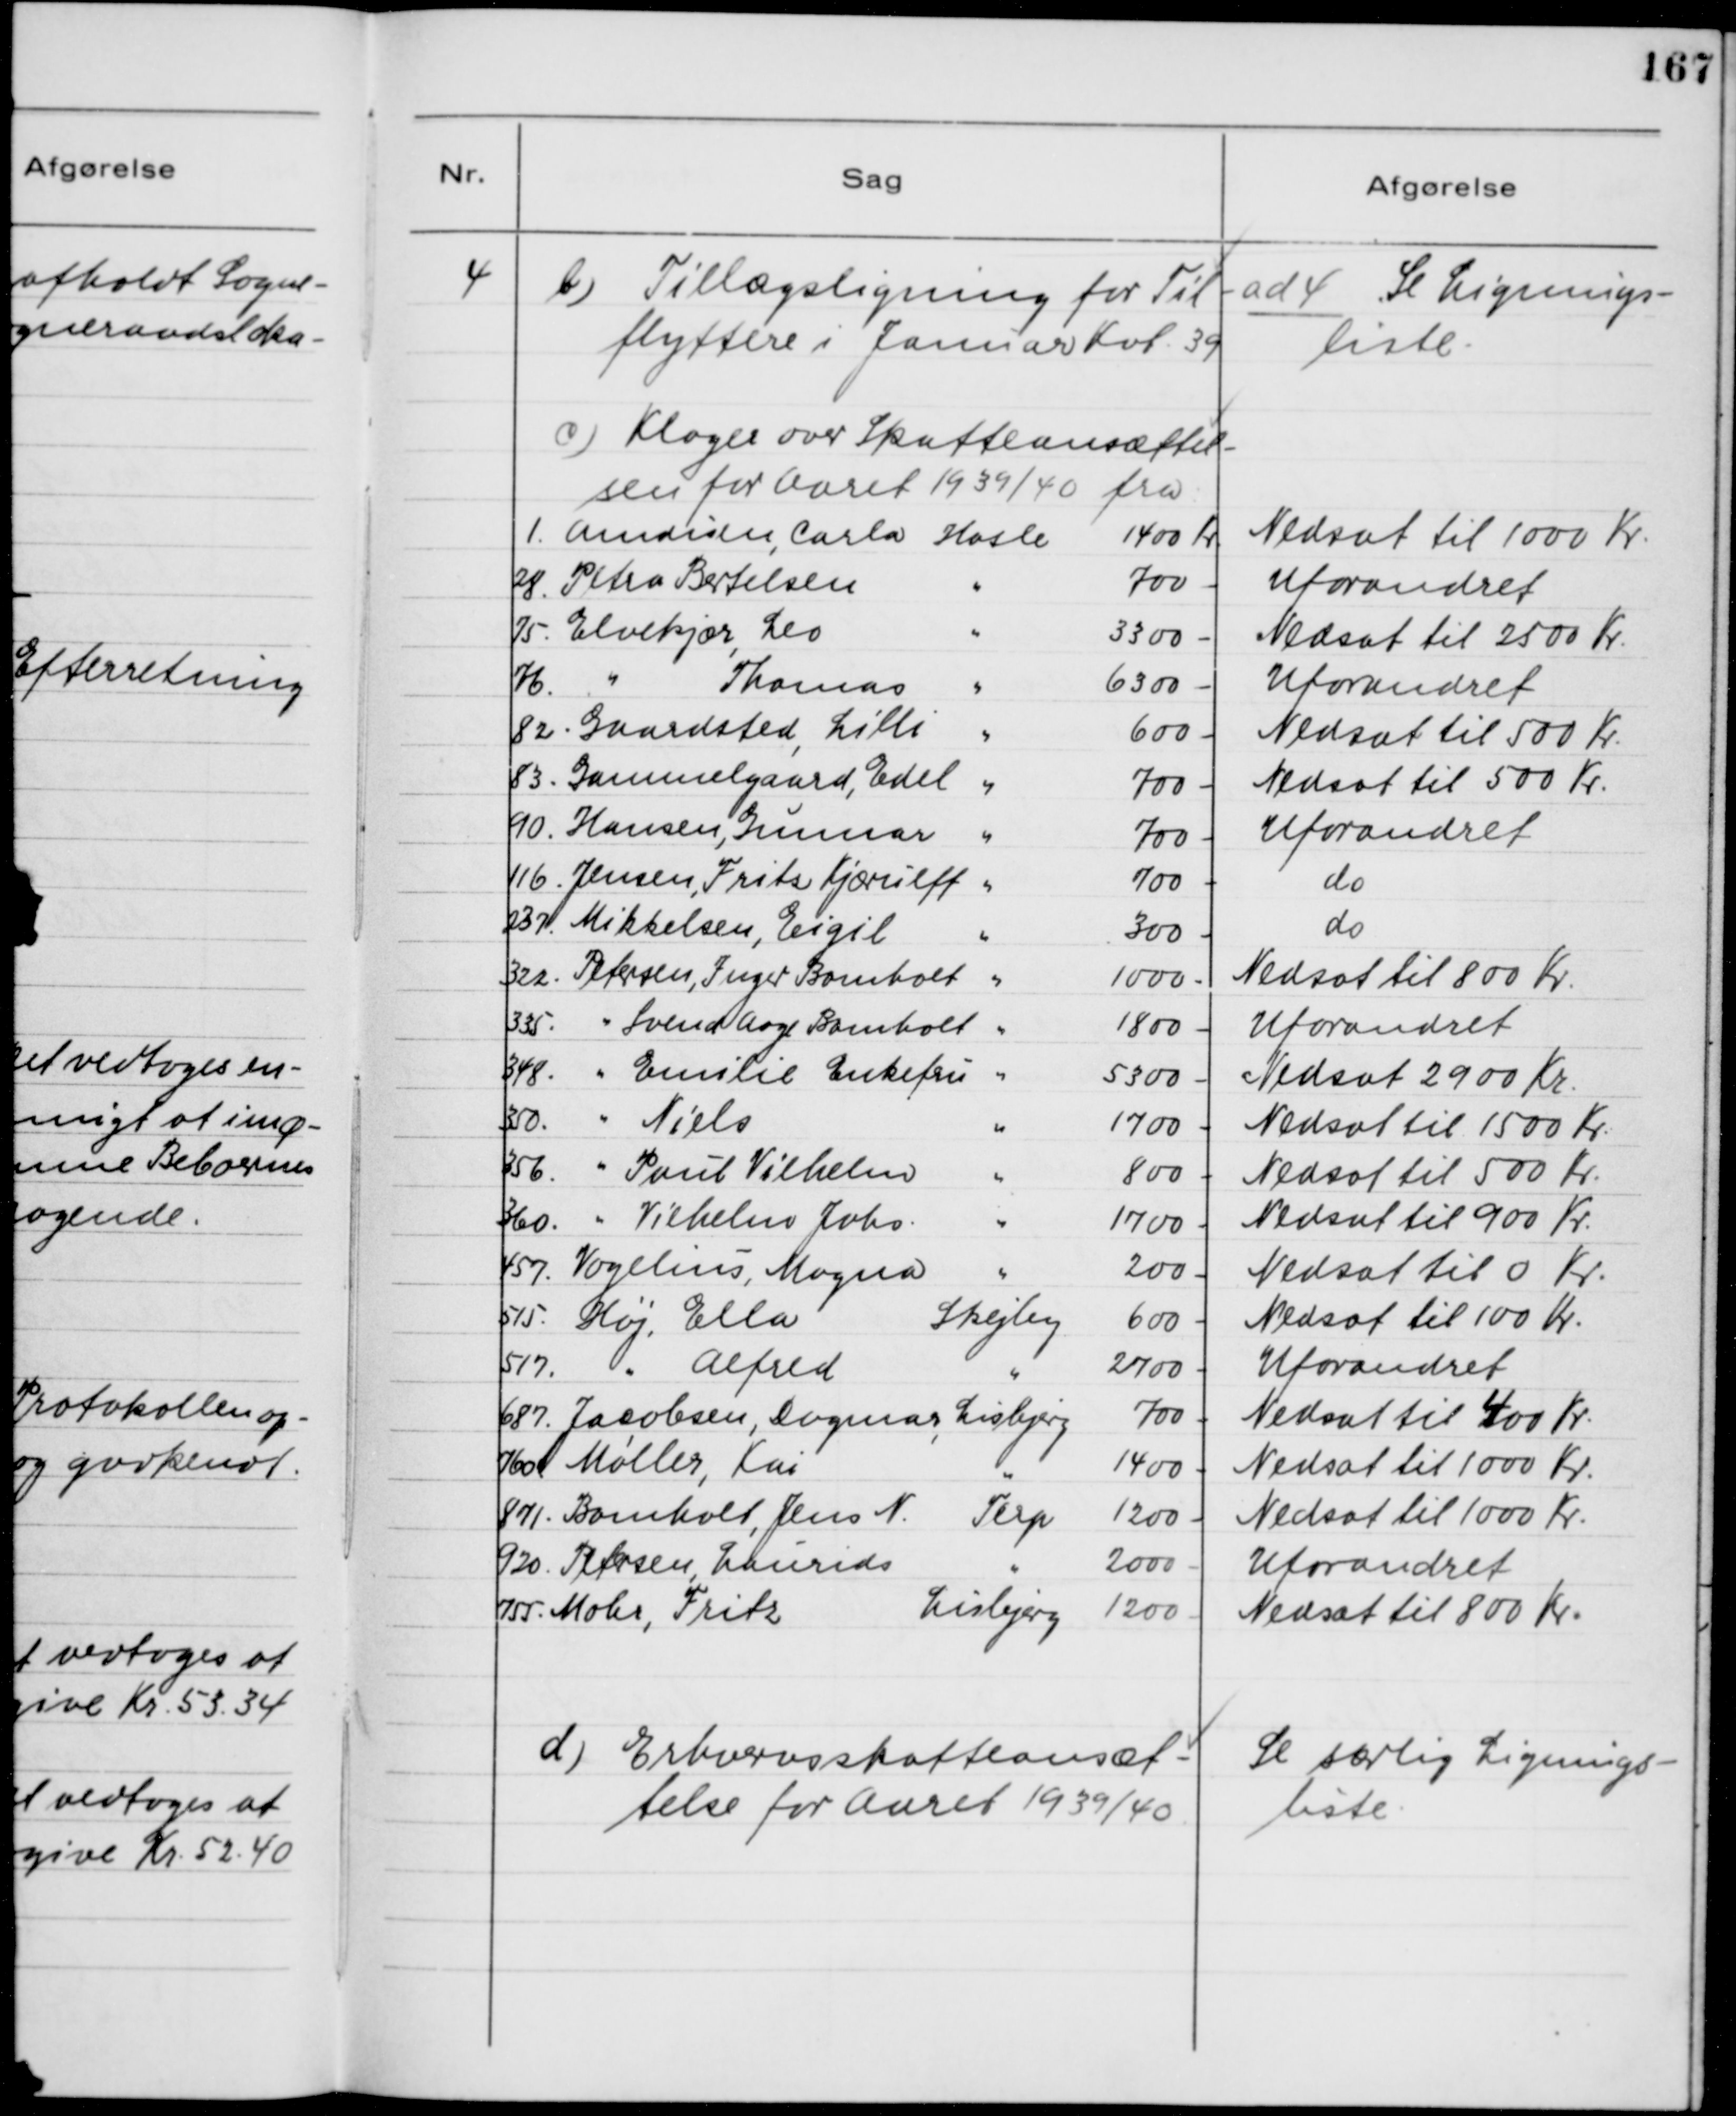
Transskription:
4

b) Tillægsligning for Til-
flyttere i Januar Kvt. 39

ad 4. Se Lignings-
liste.

c) Klager over Skatteansættel-
sen for Aaret 1939/40 fra:

d) Erhvervsskatteansæt-
telse for Aaret 1939/40

Se særlig Lignings-
liste.